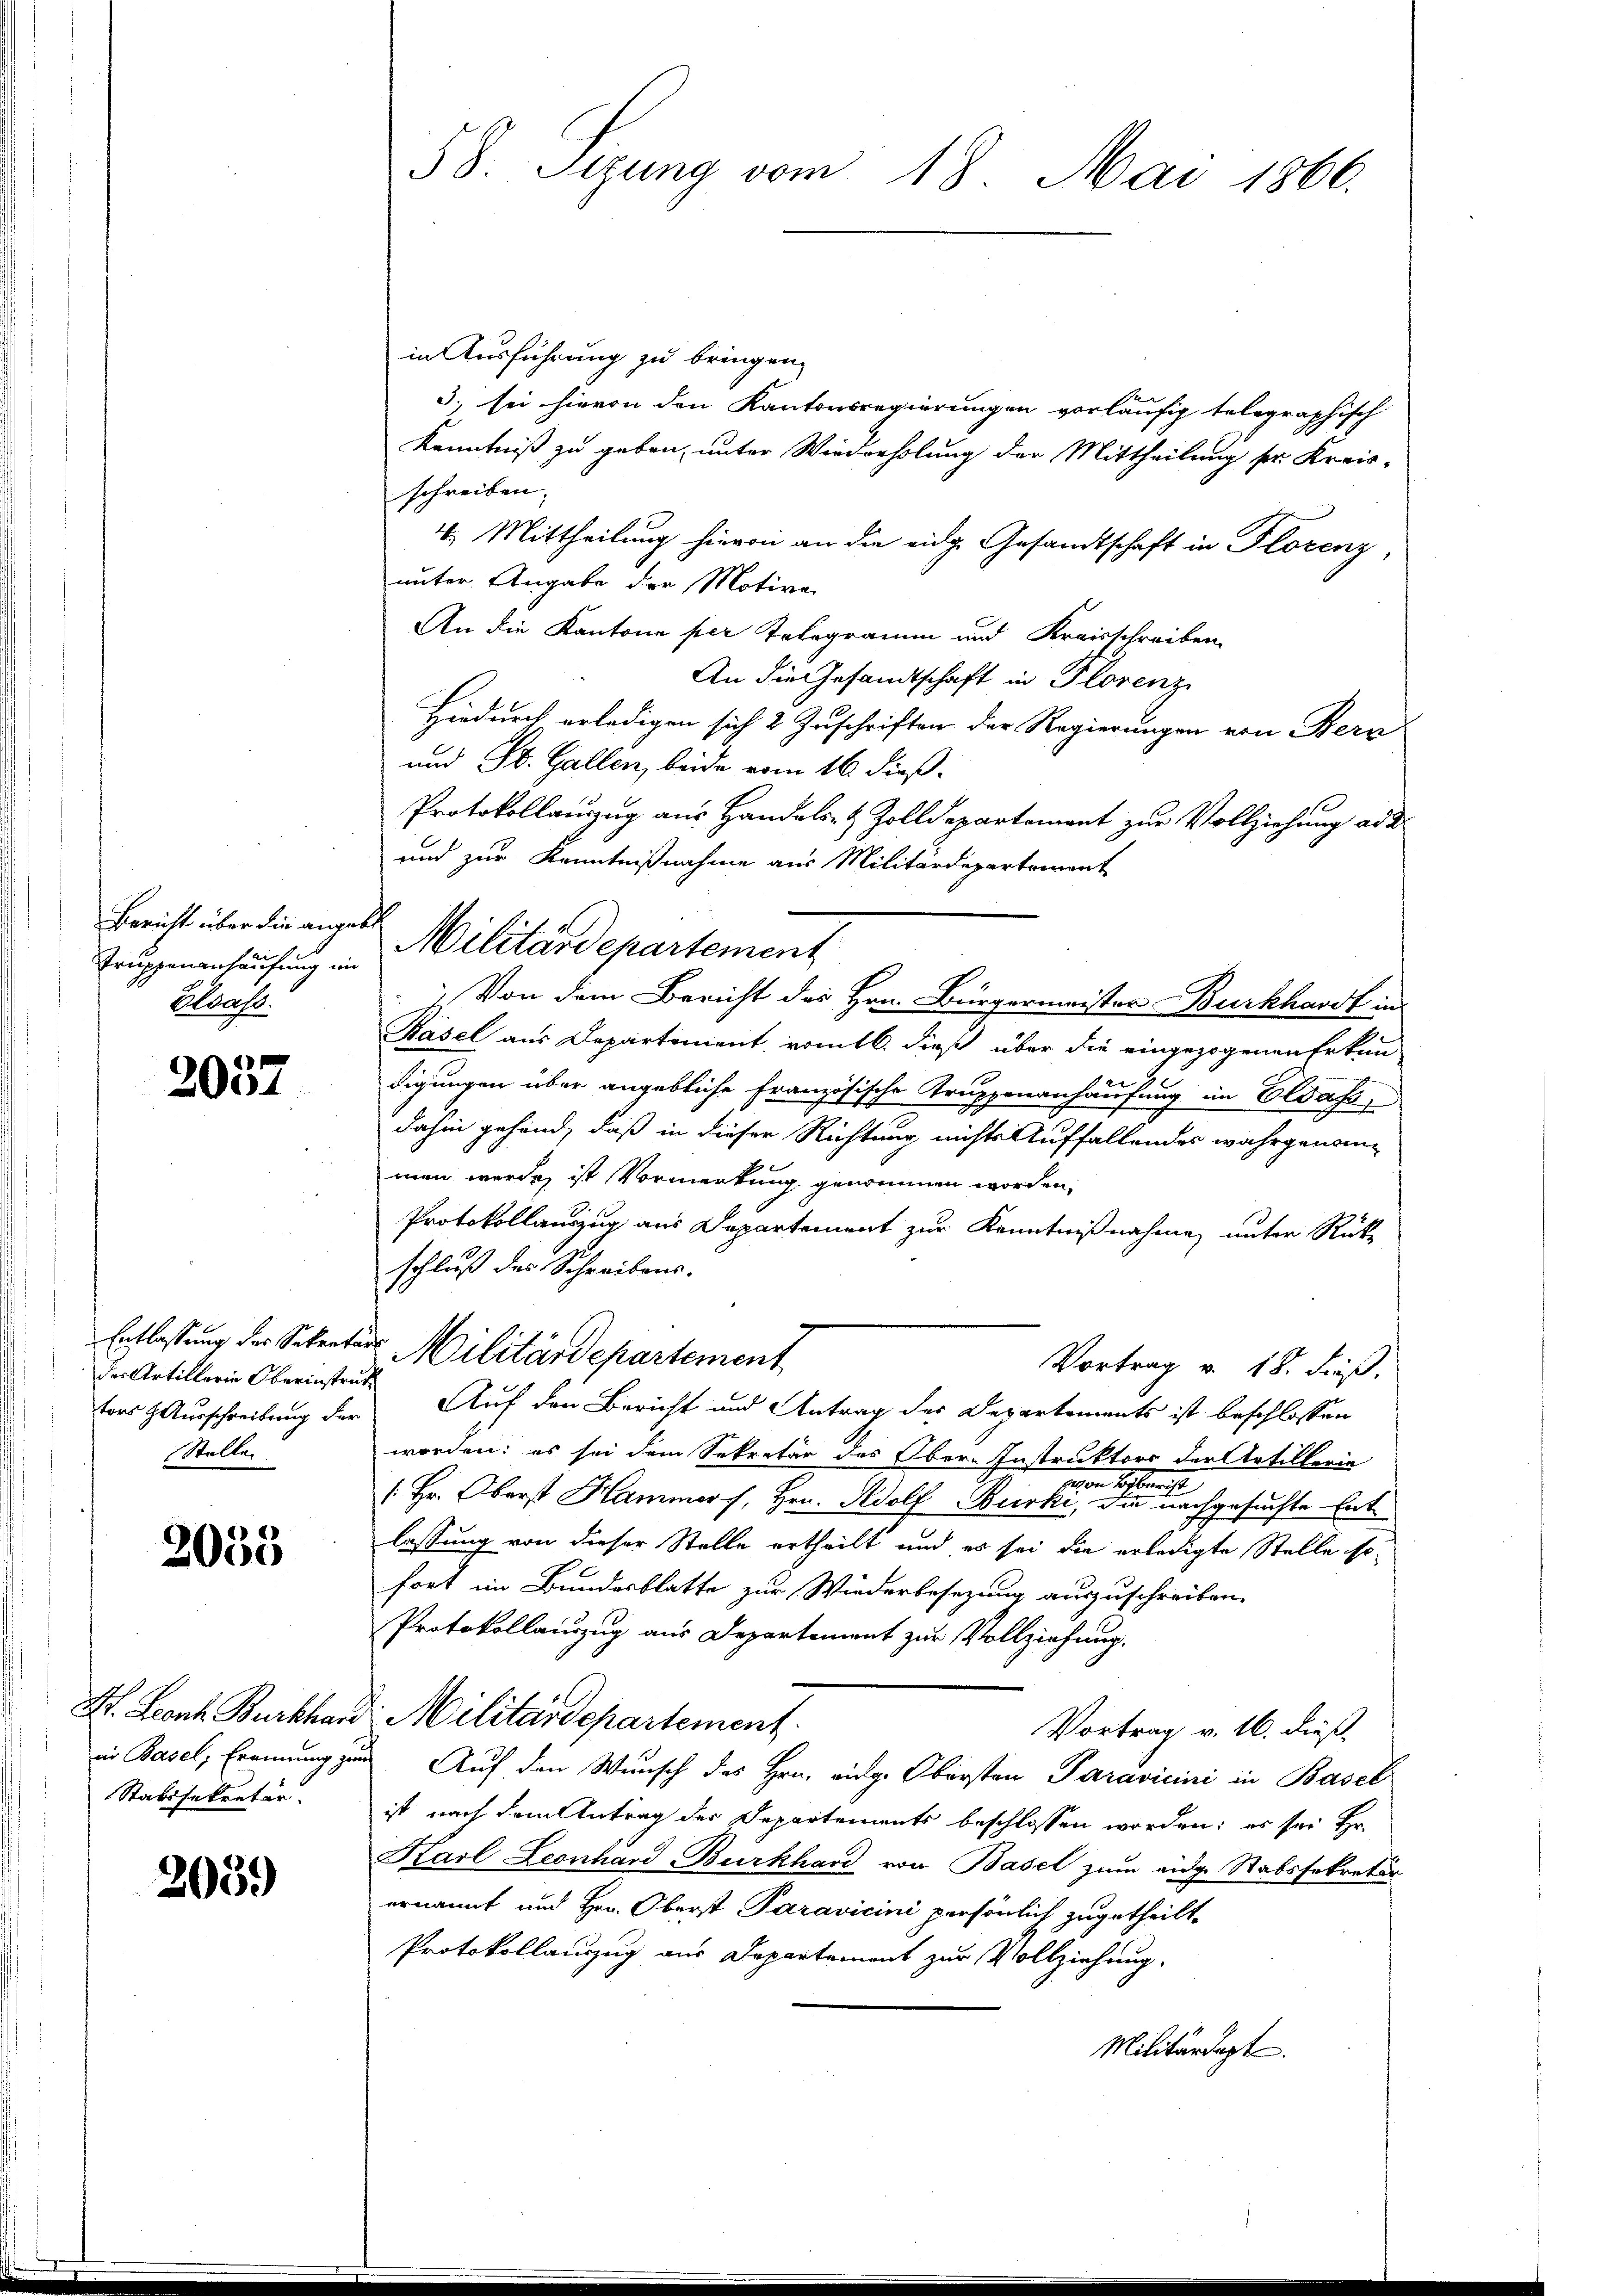
Bericht über die angebe
Truppenanhäufung im
Cast.

2057

der Artillerin Oberinstruc
tors Ausschreibung der
Stellen.

2033

Stabssekretär.

205.)

58. Sigung vom 18. Mai 1866.

in Ausführung zu bringen.
3., sei hievon den Kantonsregierungen vorläufig telegraphisch
Kenntniß zu geben, unter Wiederholung der Mittheilung sr. Kreisschreiben. |
4. Mittheilung hievon an die eidg. Gesandtschaft in Florenz,
unter Angabe der Motive
An die Kantone per Telegramm und Kreisschreiben
An die Gesandtschaft in Florenz
Hiedurch erledigen sich 2 Zuschriften der Regierungen von Bern
und St. Gallen, beide vom 16. dieß.
Protokollauszug aus Handels- & Zolldepartement zur Vollziehung ad d
und zur Kenntnißnahme aus Militärdeparteient
7. Von dem Bericht der Hrn. Bürgermeister Burkhardt in
Räsel aus Departement vomtl. dieß über die eingezogenen Erken
digungen über angebliche Französische Truppenanhausung im Elsass
dahin gehand, daß in dieser Richtung nichts Auffallendes wahrgenommen werde, ist Vormerkung genommen worden,
Protokollauszug aus Departement zur Kenntnißnahme, unter Rück-
schluß des Schreibens-
Entlassung der Sekretärs Militärdepartement
Vortrag v. 18. dieß,
Auf den Bericht und Antrag des Departements ist beschlossen
worden; es sei dem Sekretär des Ober-Instruktors der Artillerie
von Rechten
/. Hr. Oberst Hammers, Hrn. Adolf Bürke, da nachgesuchte Entlassung von dieser Stelle ertheilt und es sei die erledigte Stelle so-
fort im Bundesblatte zur Wiederbesezung auszuschreiben.
Protokollauszug aus Departement zur Vollziehung.
H. Leonz Burkhard: Militärdepartement.
Vortrag v. 16. dieß
in Basel, Erennung zur Auf den Wunsch des Hrn. eidg. Obersten Paravicini in Basel
ist nach dem Antrag der Departements beschlossen worden; es sei Hr.
Karl Leonhard Burkhard von Basel zum eidge Ratssekretär
ernannt und Hrn. Oberst Paravicini persönlich zugetheilt.
Protokollauszug aus Departement zur Vollziehung.
Militärdept

Militärdepartement